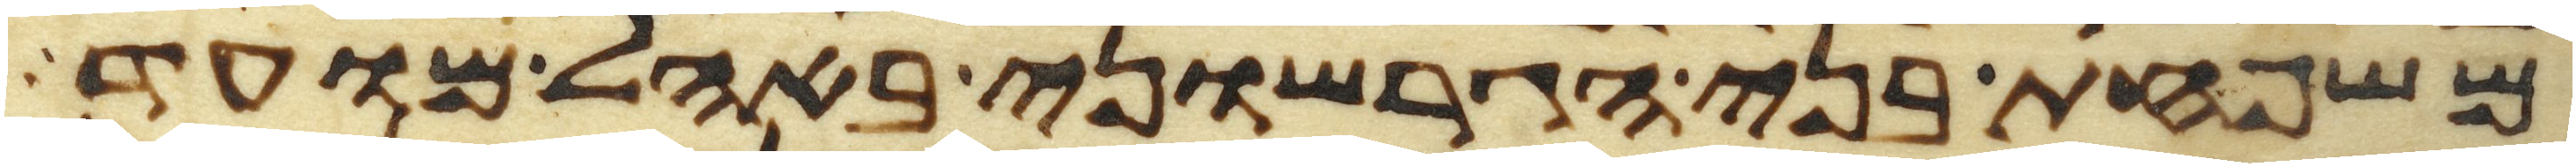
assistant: משפחת בני הגרשוני באהל מועד